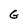
Character: G